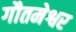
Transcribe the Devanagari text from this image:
गौतमेश्वर